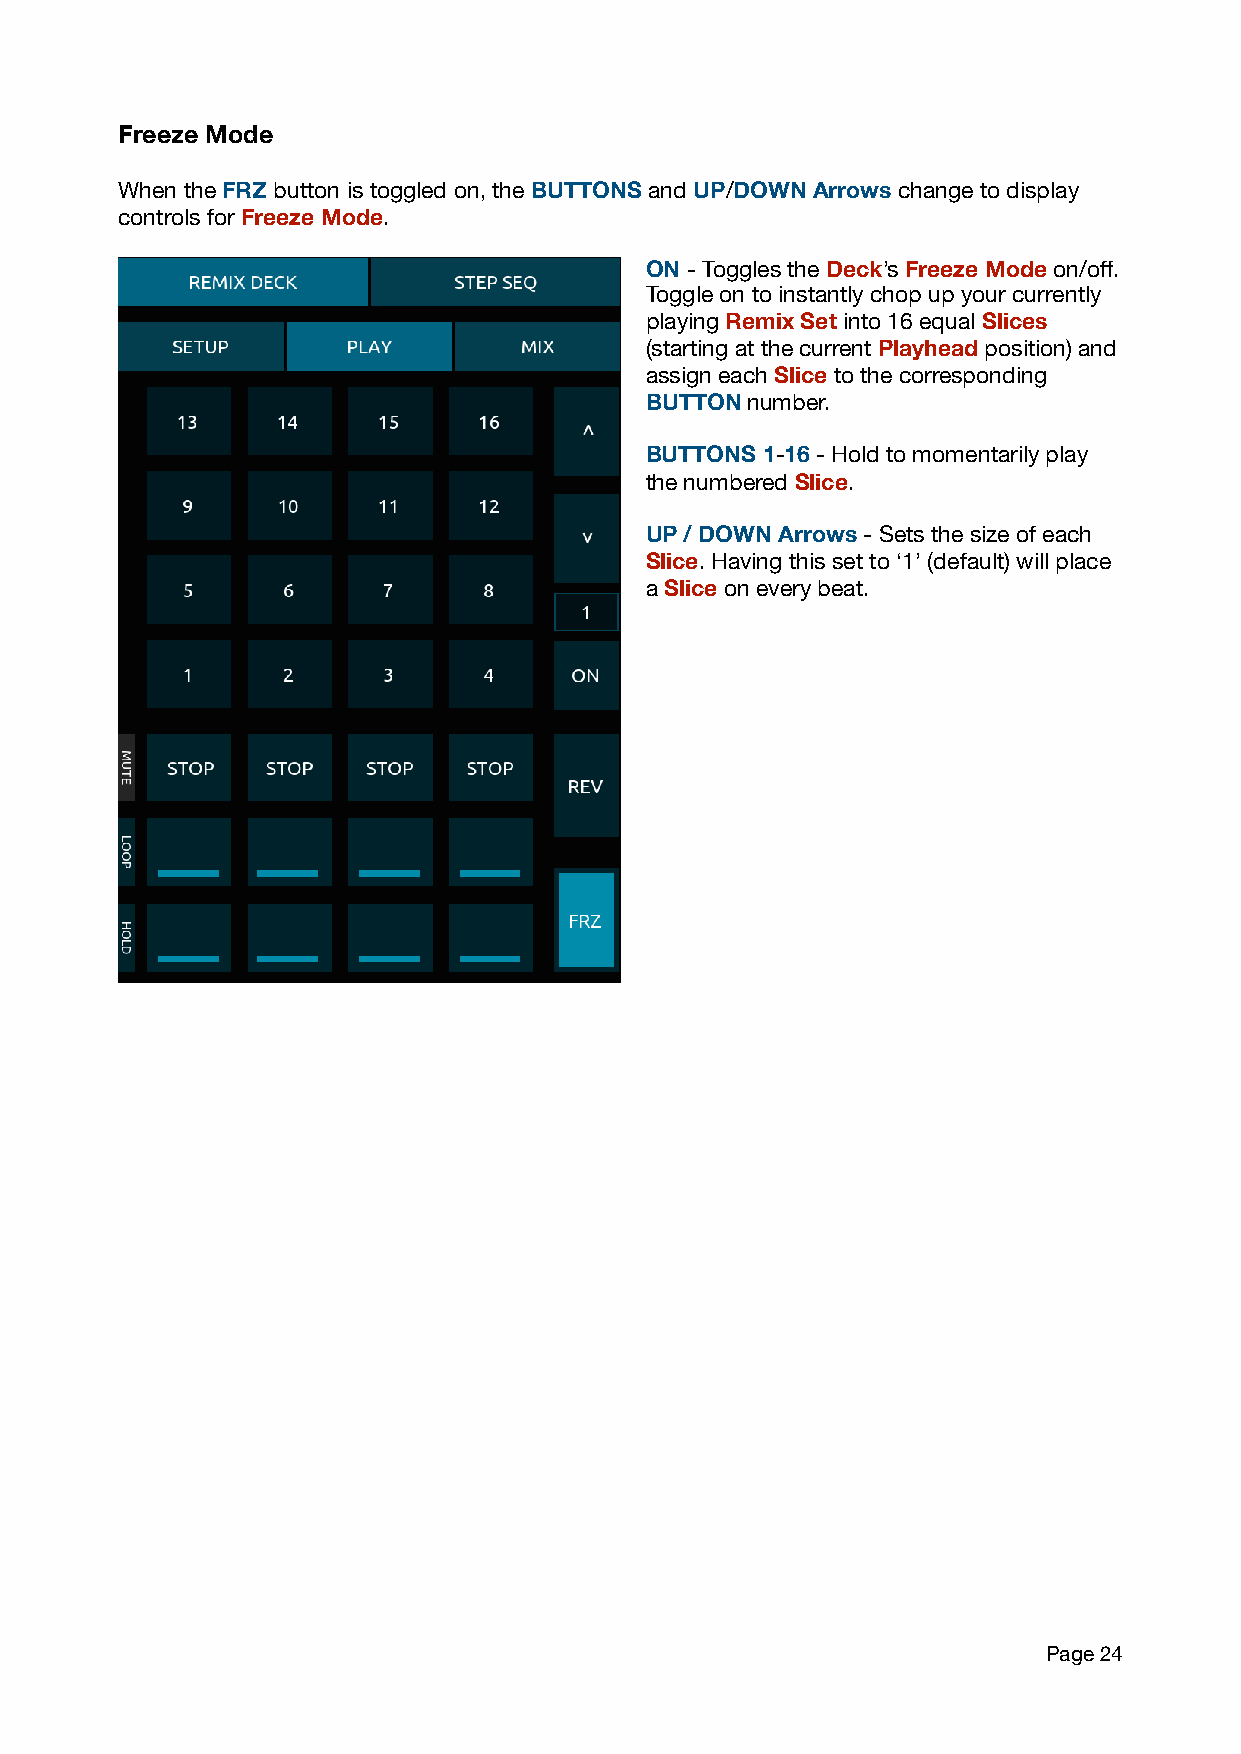
Freeze Mode
 When the FRZ button is toggled on, the BUTTONS and UP/DOWN Arrows change to display
 controls for Freeze Mode.
 ON - Toggles the Deck’s Freeze Mode on/off.
 Toggle on to instantly chop up your currently
 playing Remix Set into 16 equal Slices
 (starting at the current Playhead position) and
 assign each Slice to the corresponding
 BUTTON number.
 BUTTONS 1-16 - Hold to momentarily play
 the numbered Slice.
 UP / DOWN Arrows - Sets the size of each
 Slice. Having this set to ‘1’ (default) will place
 a Slice on every beat.
 Page 24